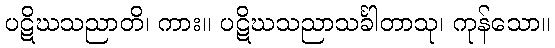
ပဋိဃသညာတိ၊ ကား။ ပဋိဃသညာသင်္ခါတာသု၊ ကုန်သော။